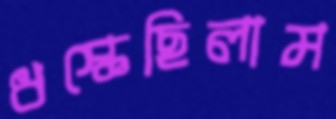
ধস্‌কেছিলাম